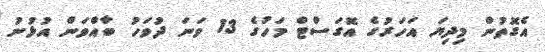
އެގޮތުން މިދިޔަ އަހަރުގެ އޮގަސްޓް މަހުގެ 13 ވަނަ ދުވަހު ބާއްވަން އުޅުނު